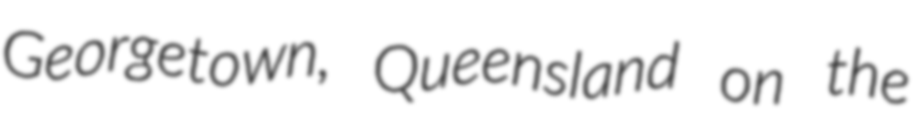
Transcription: Georgetown, Queensland on the